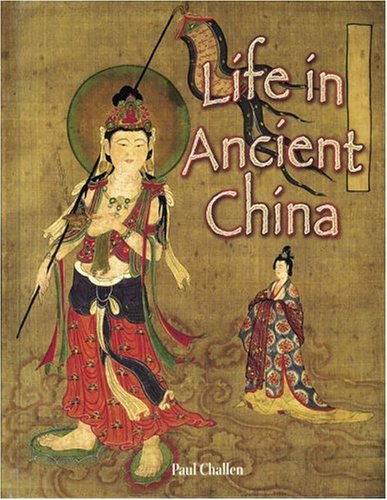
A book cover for Life in Ancient China (Peoples of the Ancient World); Paul Challen; Children's Books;